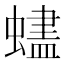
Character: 𬠨